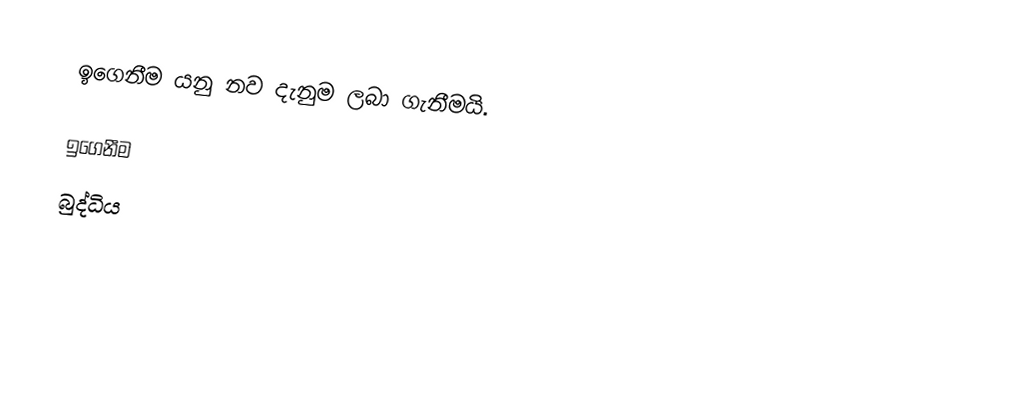
ඉගෙනීම යනු නව දැනුම ලබා ගැනීමයි.

ඉගෙනීම
බුද්ධිය